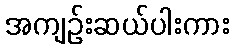
အကျဉ်းဆယ်ပါးကား